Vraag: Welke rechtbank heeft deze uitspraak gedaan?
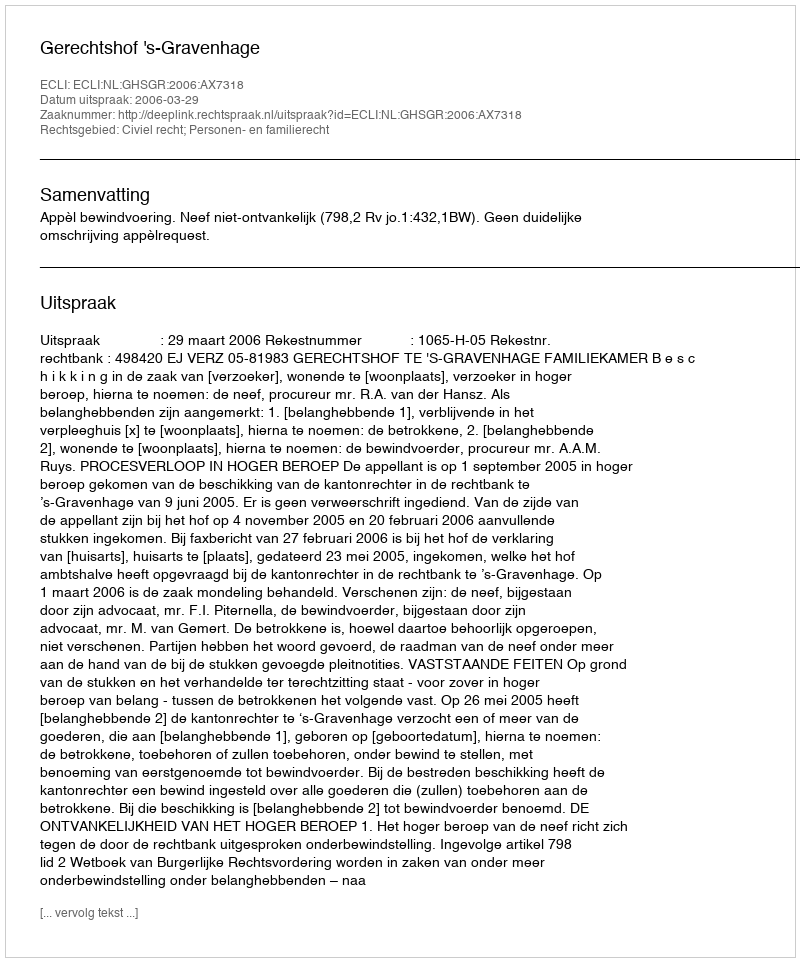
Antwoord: Gerechtshof 's-Gravenhage